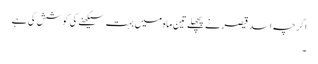
اگرچہ اسد قیصر نے پچھلے تین ماہ میں بہت سیکھنے کی کوشش کی ہے
۔